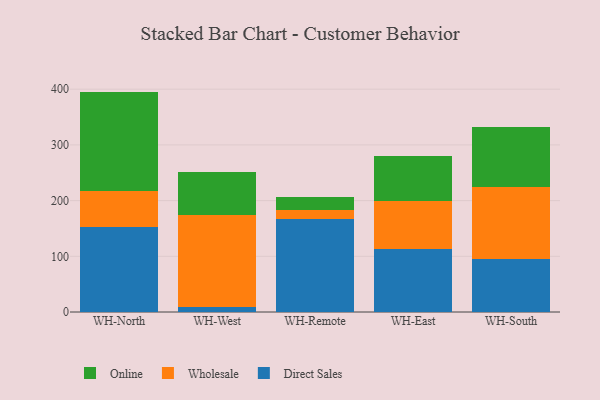
{"axis": {"x": "Warehouse", "y": "Active Users"}, "legend": ["Direct Sales", "Online", "Wholesale"], "data": [{"x": "WH-North", "y": 152.4, "type": "Direct Sales"}, {"x": "WH-North", "y": 64.1, "type": "Wholesale"}, {"x": "WH-North", "y": 179.2, "type": "Online"}, {"x": "WH-West", "y": 8.3, "type": "Direct Sales"}, {"x": "WH-West", "y": 165.6, "type": "Wholesale"}, {"x": "WH-West", "y": 77.5, "type": "Online"}, {"x": "WH-Remote", "y": 166.4, "type": "Direct Sales"}, {"x": "WH-Remote", "y": 17.5, "type": "Wholesale"}, {"x": "WH-Remote", "y": 22.1, "type": "Online"}, {"x": "WH-East", "y": 112.8, "type": "Direct Sales"}, {"x": "WH-East", "y": 85.6, "type": "Wholesale"}, {"x": "WH-East", "y": 81.5, "type": "Online"}, {"x": "WH-South", "y": 94.7, "type": "Direct Sales"}, {"x": "WH-South", "y": 128.9, "type": "Wholesale"}, {"x": "WH-South", "y": 108.1, "type": "Online"}]}